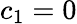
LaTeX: {{c}_{1}}=0